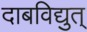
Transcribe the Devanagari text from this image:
दाबविद्युत्‌